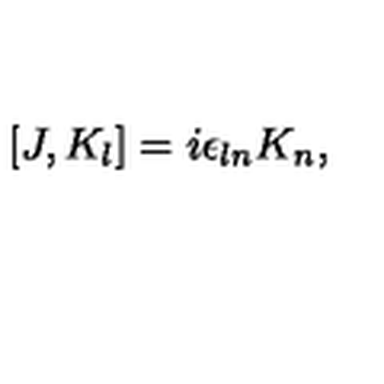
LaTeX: [ J , K _ { l } ] = i \epsilon _ { l n } K _ { n } ,